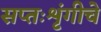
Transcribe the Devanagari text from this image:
सप्तःशृंगीचे